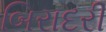
બિરાદરી